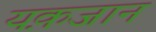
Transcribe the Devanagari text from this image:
यक़जान